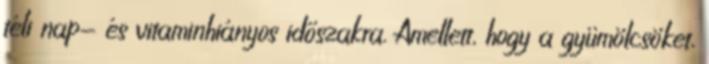
téli nap- és vitaminhiányos időszakra. Amellett, hogy a gyümölcsöket,